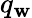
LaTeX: q_{\mathbf{w}}